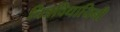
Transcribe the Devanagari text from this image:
चित्रविधायिनी